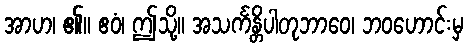
အာဟ၊ ၏။ ဧဝံ၊ ဤသို့။ အသင်္ကန္တိပါတုဘာဝေ၊ ဘဝဟောင်းမှ